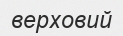
верховий